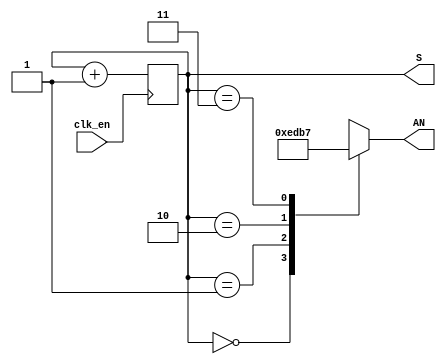
module AnodeDriver(
    input clk_en,
    output reg [3:0] AN = 0,
    output reg [1:0] S = 0
     );
    
    reg [1:0] count = 0;
    
    always @ (S)
     case (S)
          2'b00: AN <= 4'b1110;
          2'b01: AN <= 4'b1101;
          2'b10: AN <= 4'b1011;
          2'b11: AN <= 4'b0111;
     endcase   
    
    always @ (posedge clk_en)
        S = S + 1;
            
  
endmodule